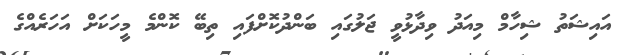
އައިޝަތު ޝިހާމް މިއަދު ވިދާޅުވީ ޖަލުގައި ބަންދުކޮށްފައި ތިބޭ ކޮންމެ މީހަކަށް އަހަރެއްގެ